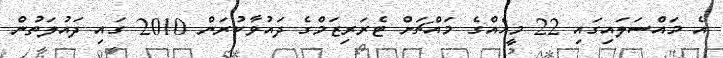
އެ މައްސަލައިގައި 22 މީހެއްގެ މައްޗަށް ޓެރަރިޒަމްގެ ދައުވާކުރަން 2010 ގައި ދައުލަތުން